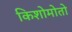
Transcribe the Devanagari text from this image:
किशोमोतो